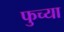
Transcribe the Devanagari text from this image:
फुच्या